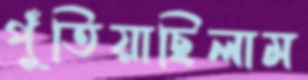
পুঁতিয়াছিলাম